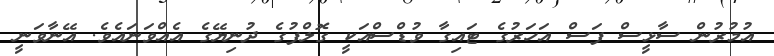
އުމުރުން ސާޅީސް ފަސް އަހަރުގެ ޓައިގާ ވުޑްސްއަކީ ގޮލްފުގެ ދުނިޔޭގެ އެއްވަނައެވެ. އޭނާވަނީ